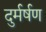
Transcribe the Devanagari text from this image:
दुर्मर्षण